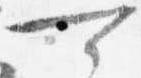
可